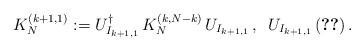
LaTeX: \begin{align*}K_N^{(k+1,1)}:=U^{\dagger}_{I_{k+1,1}}\,K_N^{(k, N-k)}\,U_{I_{k+1,1}}\,, \,\,\, U_{I_{k+1,1}} \, (\ref{unitary-k+1})\,.\end{align*}